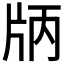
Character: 𤖶